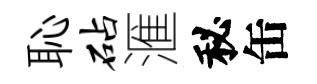
恥砧滙秘缶